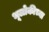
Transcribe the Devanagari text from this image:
भूलोकीच्या